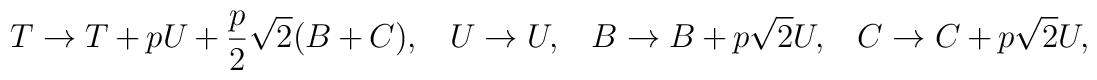
T \rightarrow T+ p U + \frac{p}{2} \sqrt{2 }(B+C),\;\;\;U\rightarrow U,\;\;\;B \rightarrow B + p \sqrt{2}U,\;\;\;C \rightarrow C + p \sqrt{2 }U,